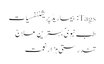
Tags: بیماریڈپریشننفسیات
طب نبویؐ بہترین علاج
تندرستی ہزار نعمت